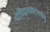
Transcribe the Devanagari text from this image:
भाविप्रभावरभसेषु